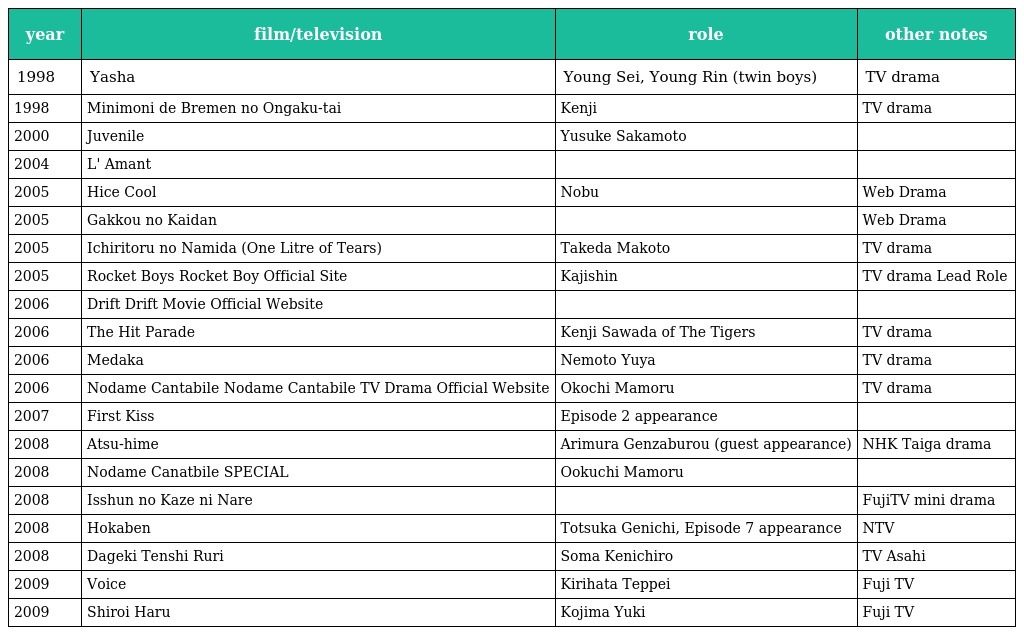
| year | film/television | role | other notes |
 | --- | --- | --- | --- |
 | 1998 | Yasha | Young Sei, Young Rin (twin boys) | TV drama |
 | 1998 | Minimoni de Bremen no Ongaku-tai | Kenji | TV drama |
 | 2000 | Juvenile | Yusuke Sakamoto |  |
 | 2004 | L' Amant |  |  |
 | 2005 | Hice Cool | Nobu | Web Drama |
 | 2005 | Gakkou no Kaidan |  | Web Drama |
 | 2005 | Ichiritoru no Namida (One Litre of Tears) | Takeda Makoto | TV drama |
 | 2005 | Rocket Boys Rocket Boy Official Site | Kajishin | TV drama Lead Role |
 | 2006 | Drift Drift Movie Official Website |  |  |
 | 2006 | The Hit Parade | Kenji Sawada of The Tigers | TV drama |
 | 2006 | Medaka | Nemoto Yuya | TV drama |
 | 2006 | Nodame Cantabile Nodame Cantabile TV Drama Official Website | Okochi Mamoru | TV drama |
 | 2007 | First Kiss | Episode 2 appearance |  |
 | 2008 | Atsu-hime | Arimura Genzaburou (guest appearance) | NHK Taiga drama |
 | 2008 | Nodame Canatbile SPECIAL | Ookuchi Mamoru |  |
 | 2008 | Isshun no Kaze ni Nare |  | FujiTV mini drama |
 | 2008 | Hokaben | Totsuka Genichi, Episode 7 appearance | NTV |
 | 2008 | Dageki Tenshi Ruri | Soma Kenichiro | TV Asahi |
 | 2009 | Voice | Kirihata Teppei | Fuji TV |
 | 2009 | Shiroi Haru | Kojima Yuki | Fuji TV |